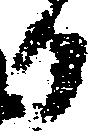
日